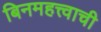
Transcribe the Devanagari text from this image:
बिनमहत्त्वाची